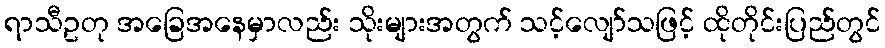
ရာသီဥတု အခြေအနေမှာလည်း သိုးများအတွက် သင့်လျော်သဖြင့် ထိုတိုင်းပြည်တွင်